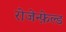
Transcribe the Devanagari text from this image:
रोजेन्फ़ेल्ड